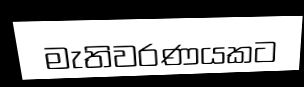
මැතිවරණයකට